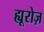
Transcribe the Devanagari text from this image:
ह्यूरोज़